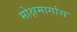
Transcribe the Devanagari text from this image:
मोक्षमार्गास